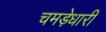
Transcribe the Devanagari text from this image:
चमड़ेधारी